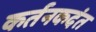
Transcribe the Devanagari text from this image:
कर्तनकदंत